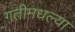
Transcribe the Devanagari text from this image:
गतीमधल्या